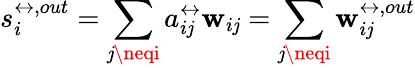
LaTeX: s_{i}^{\leftrightarrow,out}=\sum_{\mathit{j}\neqi}a_{i\mathit{j}}^{\leftrightarrow}\mathbf{w}_{i\mathit{j}}=\sum_{\mathit{j}\neqi}\mathbf{w}_{i\mathit{j}}^{\leftrightarrow,out}